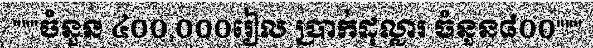
"""ចំនួន ៤០០,០០០រៀល ប្រាក់ដុល្លារ ចំនួន៨០០"""